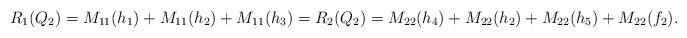
LaTeX: \begin{align*}R_1(Q_2)=M_{11}(h_1)+M_{11}(h_2)+M_{11}(h_3)=R_2(Q_2)=M_{22}(h_4)+M_{22}(h_2)+M_{22}(h_5)+M_{22}(f_2).\end{align*}